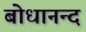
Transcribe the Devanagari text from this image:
बोधानन्द